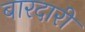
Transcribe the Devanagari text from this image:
बारदारी